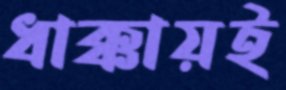
ধাক্কায়ই